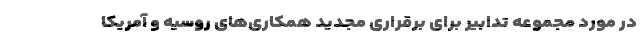
در مورد مجموعه تدابیر برای برقراری مجدید همکاری‌های روسیه و آمریکا